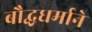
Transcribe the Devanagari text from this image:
बौद्धधर्माने